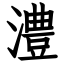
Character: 澧